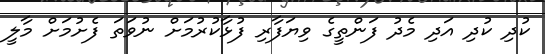
ކުދި ކުދި އަދި މެދު ފަންތީގެ ވިޔަފާރި ފުޅާކުރުމަށް ނުވަތަ ފެށުމަށް މާލީ